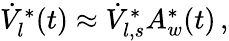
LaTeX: \begin{array}{r}{\dot{V}_{l}^{*}(t)\approx\dot{V}_{l,s}^{*}A_{w}^{*}(t)\, ,}\end{array}